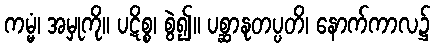
ကမ္မံ၊ အမှုကို။ ပဋိစ္စ၊ စွဲ၍။ ပစ္ဆာနုတပ္ပတိ၊ နောက်ကာလ၌